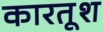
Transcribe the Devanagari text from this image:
कारतूश